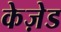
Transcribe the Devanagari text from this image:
केज़ेड